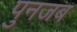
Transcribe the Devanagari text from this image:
पुनजब